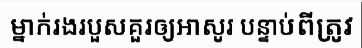
ម្នាក់រងរបួសគួរឲ្យអាសូរ បន្ទាប់ពីត្រូវ